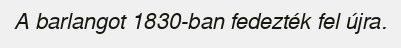
A barlangot 1830-ban fedezték fel újra.